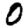
Digit: 0